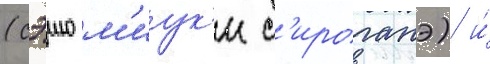
(сэию м'иук'и с'ироганэ) и́